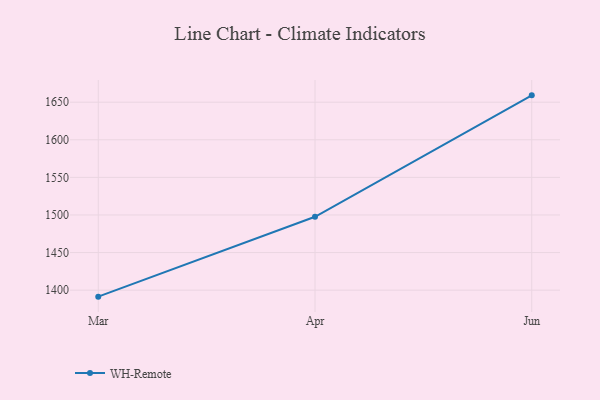
{"axis": {"x": "Month", "y": "Tickets Resolved"}, "legend": ["WH-Remote"], "data": [{"x": "Mar", "y": 1391.4, "type": "WH-Remote"}, {"x": "Apr", "y": 1497.6, "type": "WH-Remote"}, {"x": "Jun", "y": 1659.1, "type": "WH-Remote"}]}